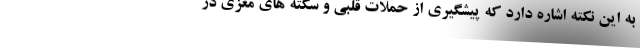
به این نکته اشاره دارد که پیشگیری از حملات قلبی و سکته های مغزی در